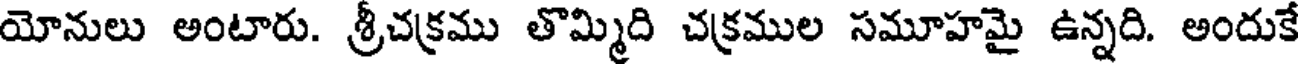
యోనులు అంటారు. శ్రీచక్రము తొమ్మిది చక్రముల సమూహమై ఉన్నది. అందుకే